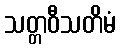
သတ္တဝီသတိမံ